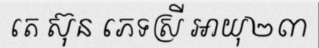
តេ ស៊ុន ភេទស្រី អាយុ២៣